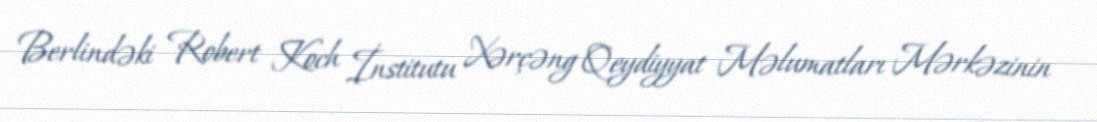
Berlindəki Robert Koch İnstitutu Xərçəng Qeydiyyat Məlumatları Mərkəzinin